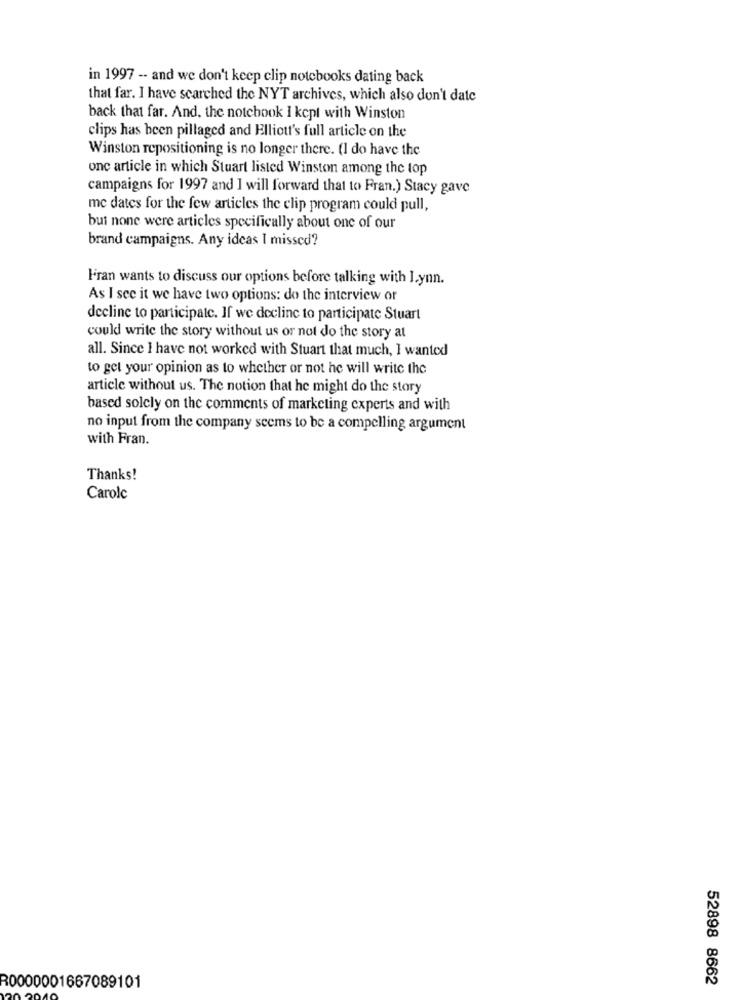
in 1997 -- and we don't keep clip notebooks dating back
that far. I have searched the NYT archives, which also don't date
back that far. And, the notebook I kept with Winston
clips has been pillaged and Elliott's full article on the
Winston repositioning is no longer there. (I do have the
onc article in which Stuart listed Winston among the top
campaigns for 1997 and I will forward that to Fran.) Stacy gave
mc dates for the few articles the clip program could pull,
but none were articles specifically about one of our
brand campaigns. Any ideas I missed?
Fran wants to discuss our options before talking with Lynn.
As I see it we have two options: do the interview or
decline to participate. If we decline to participate Stuart
could write the story without us or not do the story at
all. Since I have not worked with Stuart that much, I wanted
to get your opinion as to whether or not he will write the
article without us. The notion that he might do the story
based solely on the comments of marketing experts and with
no input from the company seems to be a compelling argument
with Fran.
Thanks!
Carolc
52898 8662
R0000001667089101